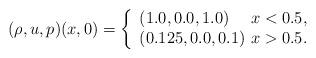
LaTeX: \begin{align*}(\rho, u, p)(x,0)=\left\{\begin{array}{ll} (1.0,0.0,1.0) ~~~~ x<0.5, \\ (0.125,0.0,0.1) ~ x>0.5. \end{array}\right.\end{align*}